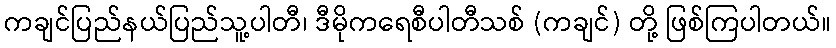
ကချင်ပြည်နယ်ပြည်သူ့ပါတီ၊ ဒီမိုကရေစီပါတီသစ် (ကချင်) တို့ ဖြစ်ကြပါတယ်။